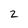
Character: 2